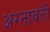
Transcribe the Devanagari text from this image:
अग्नावती